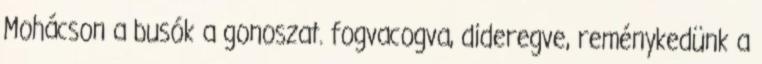
Mohácson a busók a gonoszat. fogvacogva, dideregve, reménykedünk a